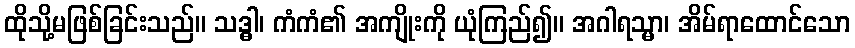
ထိုသို့မဖြစ်ခြင်းသည်။ သဒ္ဓါ၊ ကံကံ၏ အကျိုးကို ယုံကြည်၍။ အဂါရသ္မာ၊ အိမ်ရာထောင်သော